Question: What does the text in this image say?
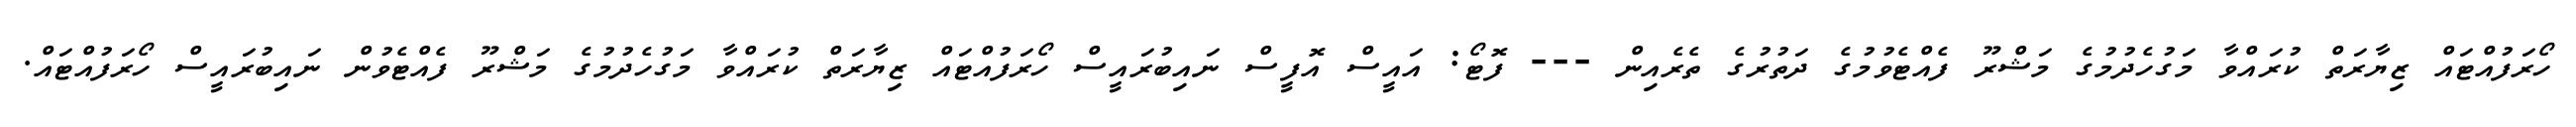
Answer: ހޯރަފުއްޓައް ޒިޔާރަތް ކުރައްވާ މަގުހެދުމުގެ މަޝްރޫ ފެއްޓެވުމުގެ ދަތުރުގެ ތެރެއިން --- ފޮޓޯ: އައީސް އޮފީސް ނައިބުރައީސް ހޯރަފުއްޓައް ޒިޔާރަތް ކުރައްވާ މަގުހެދުމުގެ މަޝްރޫ ފެއްޓެވުން ނައިބުރައީސް ހޯރަފުއްޓައް.